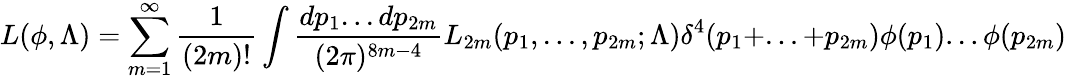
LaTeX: L(\phi,\Lambda)=\sum_{m=1}^{\infty}{\frac{1}{(2m)!}}\int{\frac{dp_{1}...dp_{2m}}{(2\pi)^{8m-4}}}L_{2m}(p_{1},...,p_{2m};\Lambda)\delta^{4}(p_{1}+...+p_{2m})\phi(p_{1})...\phi(p_{2m})